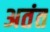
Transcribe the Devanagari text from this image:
अतंत